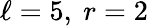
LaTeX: \ell=5,\ r=2